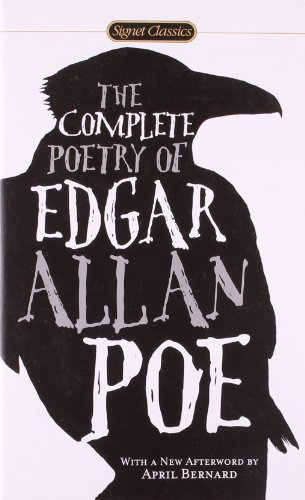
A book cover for The Complete Poetry of Edgar Allan Poe (Signet Classics); Edgar Allan Poe; Literature & Fiction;